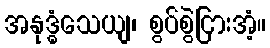
အနုဒ္ဓံသေယျ၊ စွပ်စွဲငြားအံ့။